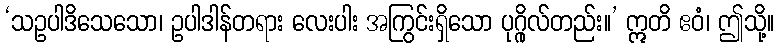
‘သဥပါဒိသေသော၊ ဥပါဒါန်တရား လေးပါး အကြွင်းရှိသော ပုဂ္ဂိုလ်တည်း။’ ဣတိ ဧဝံ၊ ဤသို့။